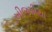
ખીજડીયા